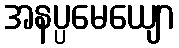
အနပ္ပမေယျော